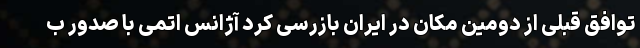
توافق قبلی از دومین مکان در ایران بازرسی کرد آژانس اتمی با صدور ب